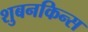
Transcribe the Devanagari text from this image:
शुबनकिन्स